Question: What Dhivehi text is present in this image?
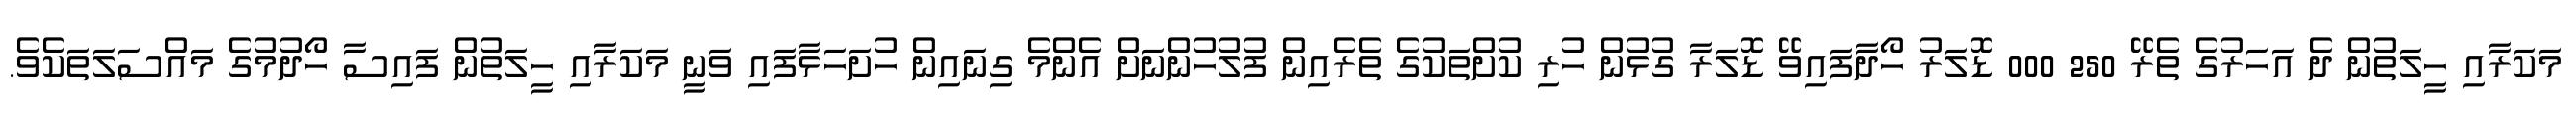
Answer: މަކަރާއި ހީލަތުން ދެ އަހަރުގެ ތެރޭ 250 000 ޑޮލަރު ހޯދާފައިވޭ ޑޮލަރާ ގުޅުން ހުރި ކުށްތަކުގެ ތެރެއިން ފުލުހުންނަށް އެންމެ ގިނައިން ހުށަހަޅާފައި ވަނީ މަކަރާއި ހީލަތުން ފައިސާ ހޯދުމުގެ މައްސަލަތަކެވެ.